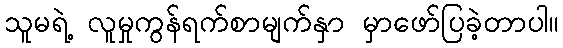
သူမရဲ့ လူမှုကွန်ရက်စာမျက်နှာ မှာဖော်ပြခဲ့တာပါ။